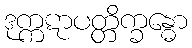
ဒုက္ကဋာပတ္တိက္ခန္ဓော